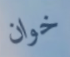
خوان